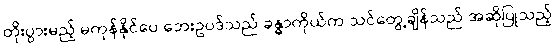
တိုးပွားမည့် မကုန်နိုင်ပေ ဘေးဥပဒ်သည် ခန္ဓာကိုယ်က သင်တွေ့ချိန်သည် အဆိုပြုသည့်